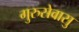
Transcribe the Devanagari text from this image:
गुरुसेवासु